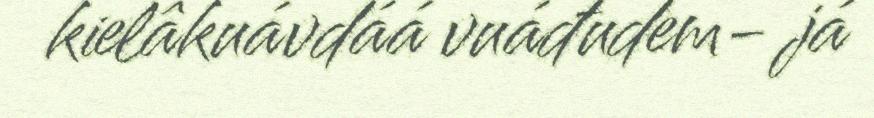
kielâkuávdáá vuáđudem- já